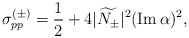
\begin{align*} \sigma_{pp}^{(\pm)}=\frac12+4|\widetilde{N_{\pm}}|^2(\mbox{Im}\,\alpha)^2,\end{align*}